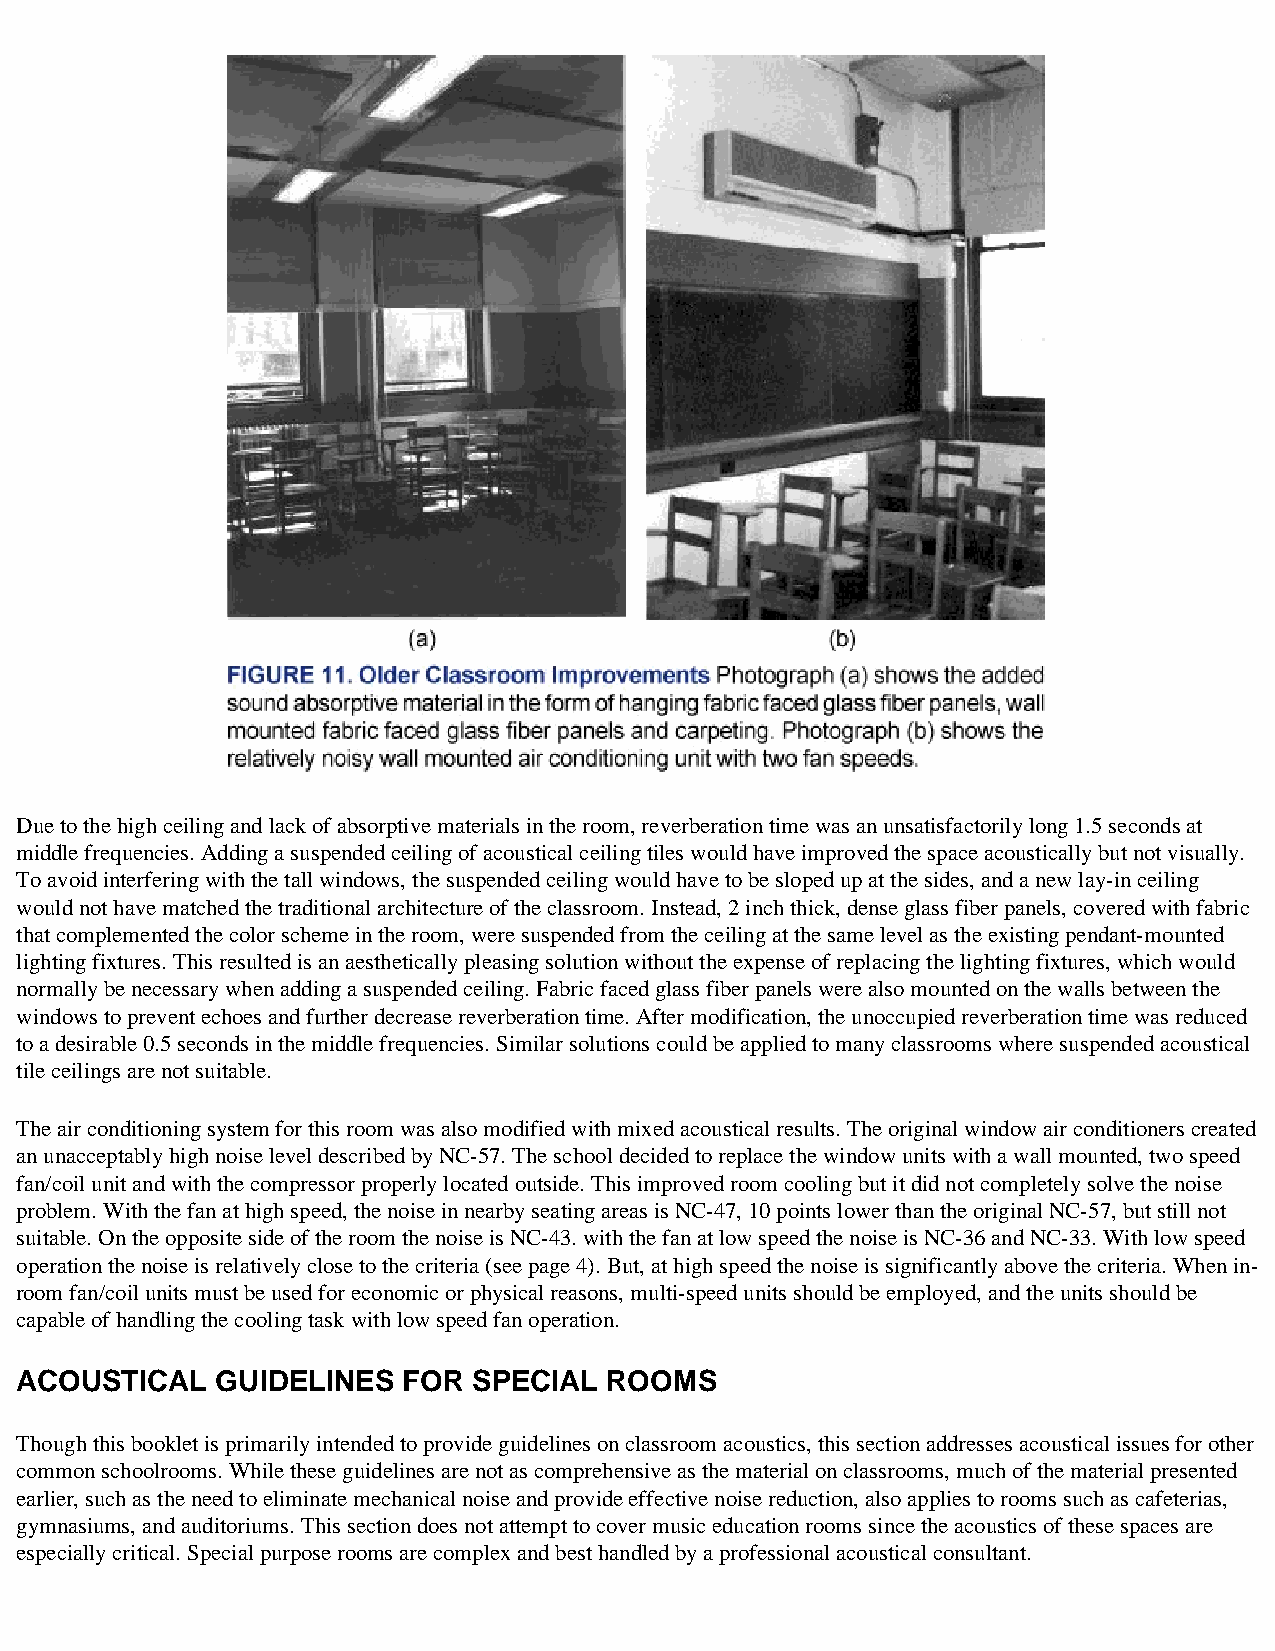
Due to the high ceiling and lack of absorptive materials in the room, reverberation time was an unsatisfactorily long 1.5 seconds at
 middle frequencies. Adding a suspended ceiling of acoustical ceiling tiles would have improved the space acoustically but not visually.
 To avoid interfering with the tall windows, the suspended ceiling would have to be sloped up at the sides, and a new lay-in ceiling
 would not have matched the traditional architecture of the classroom. Instead, 2 inch thick, dense glass fiber panels, covered with fabric
 that complemented the color scheme in the room, were suspended from the ceiling at the same level as the existing pendant-mounted
 lighting fixtures. This resulted is an aesthetically pleasing solution without the expense of replacing the lighting fixtures, which would
 normally be necessary when adding a suspended ceiling. Fabric faced glass fiber panels were also mounted on the walls between the
 windows to prevent echoes and further decrease reverberation time. After modification, the unoccupied reverberation time was reduced
 to a desirable 0.5 seconds in the middle frequencies. Similar solutions could be applied to many classrooms where suspended acoustical
 tile ceilings are not suitable.
 The air conditioning system for this room was also modified with mixed acoustical results. The original window air conditioners created
 an unacceptably high noise level described by NC-57. The school decided to replace the window units with a wall mounted, two speed
 fan/coil unit and with the compressor properly located outside. This improved room cooling but it did not completely solve the noise
 problem. With the fan at high speed, the noise in nearby seating areas is NC-47, 10 points lower than the original NC-57, but still not
 suitable. On the opposite side of the room the noise is NC-43. with the fan at low speed the noise is NC-36 and NC-33. With low speed
 operation the noise is relatively close to the criteria (see page 4). But, at high speed the noise is significantly above the criteria. When in-
 room fan/coil units must be used for economic or physical reasons, multi-speed units should be employed, and the units should be
 capable of handling the cooling task with low speed fan operation.
 ACOUSTICAL   GUIDELINES   FOR SPECIAL  ROOMS
 Though this booklet is primarily intended to provide guidelines on classroom acoustics, this section addresses acoustical issues for other
 common schoolrooms. While these guidelines are not as comprehensive as the material on classrooms, much of the material presented
 earlier, such as the need to eliminate mechanical noise and provide effective noise reduction, also applies to rooms such as cafeterias,
 gymnasiums, and auditoriums. This section does not attempt to cover music education rooms since the acoustics of these spaces are
 especially critical. Special purpose rooms are complex and best handled by a professional acoustical consultant.